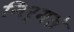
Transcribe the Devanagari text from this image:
निर्मले